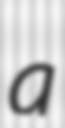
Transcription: a